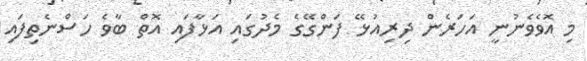
މި އޮވެވެނުނީ އަހަރެން ދިރިއުޅޭ ފަންގޭގެ މެދުގައި އަޅާފައި އޮތް ބާވެ ހަސްނެތިފައި